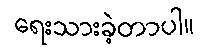
ရေးသားခဲ့တာပါ။